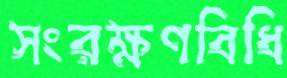
সংরক্ষণবিধি